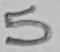
Text: 5